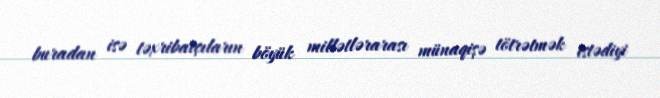
buradan isə təxribatçıların böyük millətlərarası münaqişə tötrətmək istədiyi